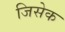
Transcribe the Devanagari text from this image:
जिसेक